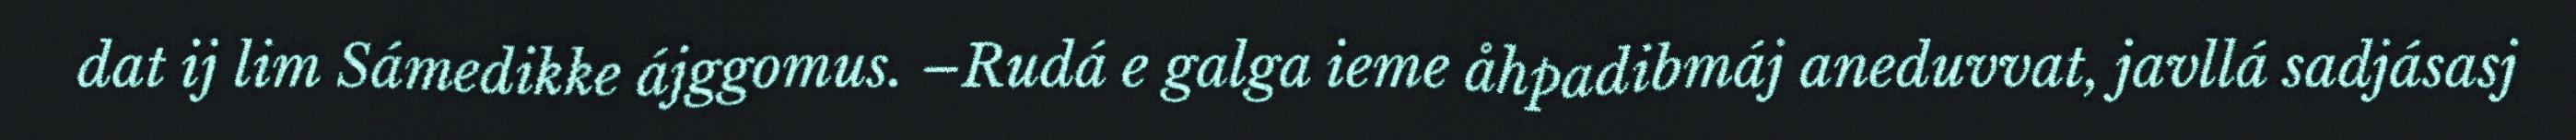
dat ij lim Sámedikke ájggomus. –Rudá e galga ieme åhpadibmáj aneduvvat, javllá sadjásasj